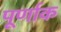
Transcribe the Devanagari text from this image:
पूर्णाक